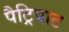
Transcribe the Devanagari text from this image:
पैट्रियाट